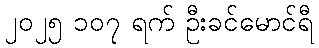
၂၀၂၅ ၁၀၇ ရက် ဦးခင်မောင်ရီ